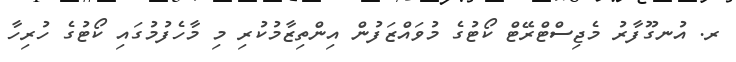
ރ. އުނގޫފާރު މެޖިސްޓްރޭޓް ކޯޓުގެ މުވައްޒަފުން އިންތިޒާމުކުރި މި މާހެފުމުގައި ކޯޓުގެ ހުރިހާ